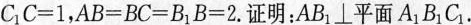
$$ C_{1} C = 1$$ ，$$ A B = B C = B_{1} B = 2$$ .证明：AB_{1}⊥平面A_{1}B_{1}C_{1}。